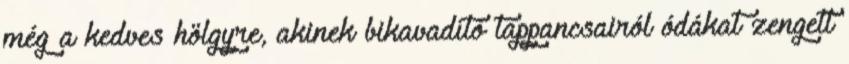
még a kedves hölgyre, akinek bikavadító tappancsairól ódákat zengett